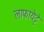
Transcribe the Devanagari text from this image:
लाफायेट्टे